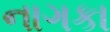
નાગકા